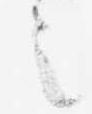
之